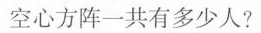
空心方阵一共有多少人?